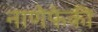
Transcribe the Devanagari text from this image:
नाणेफेकी